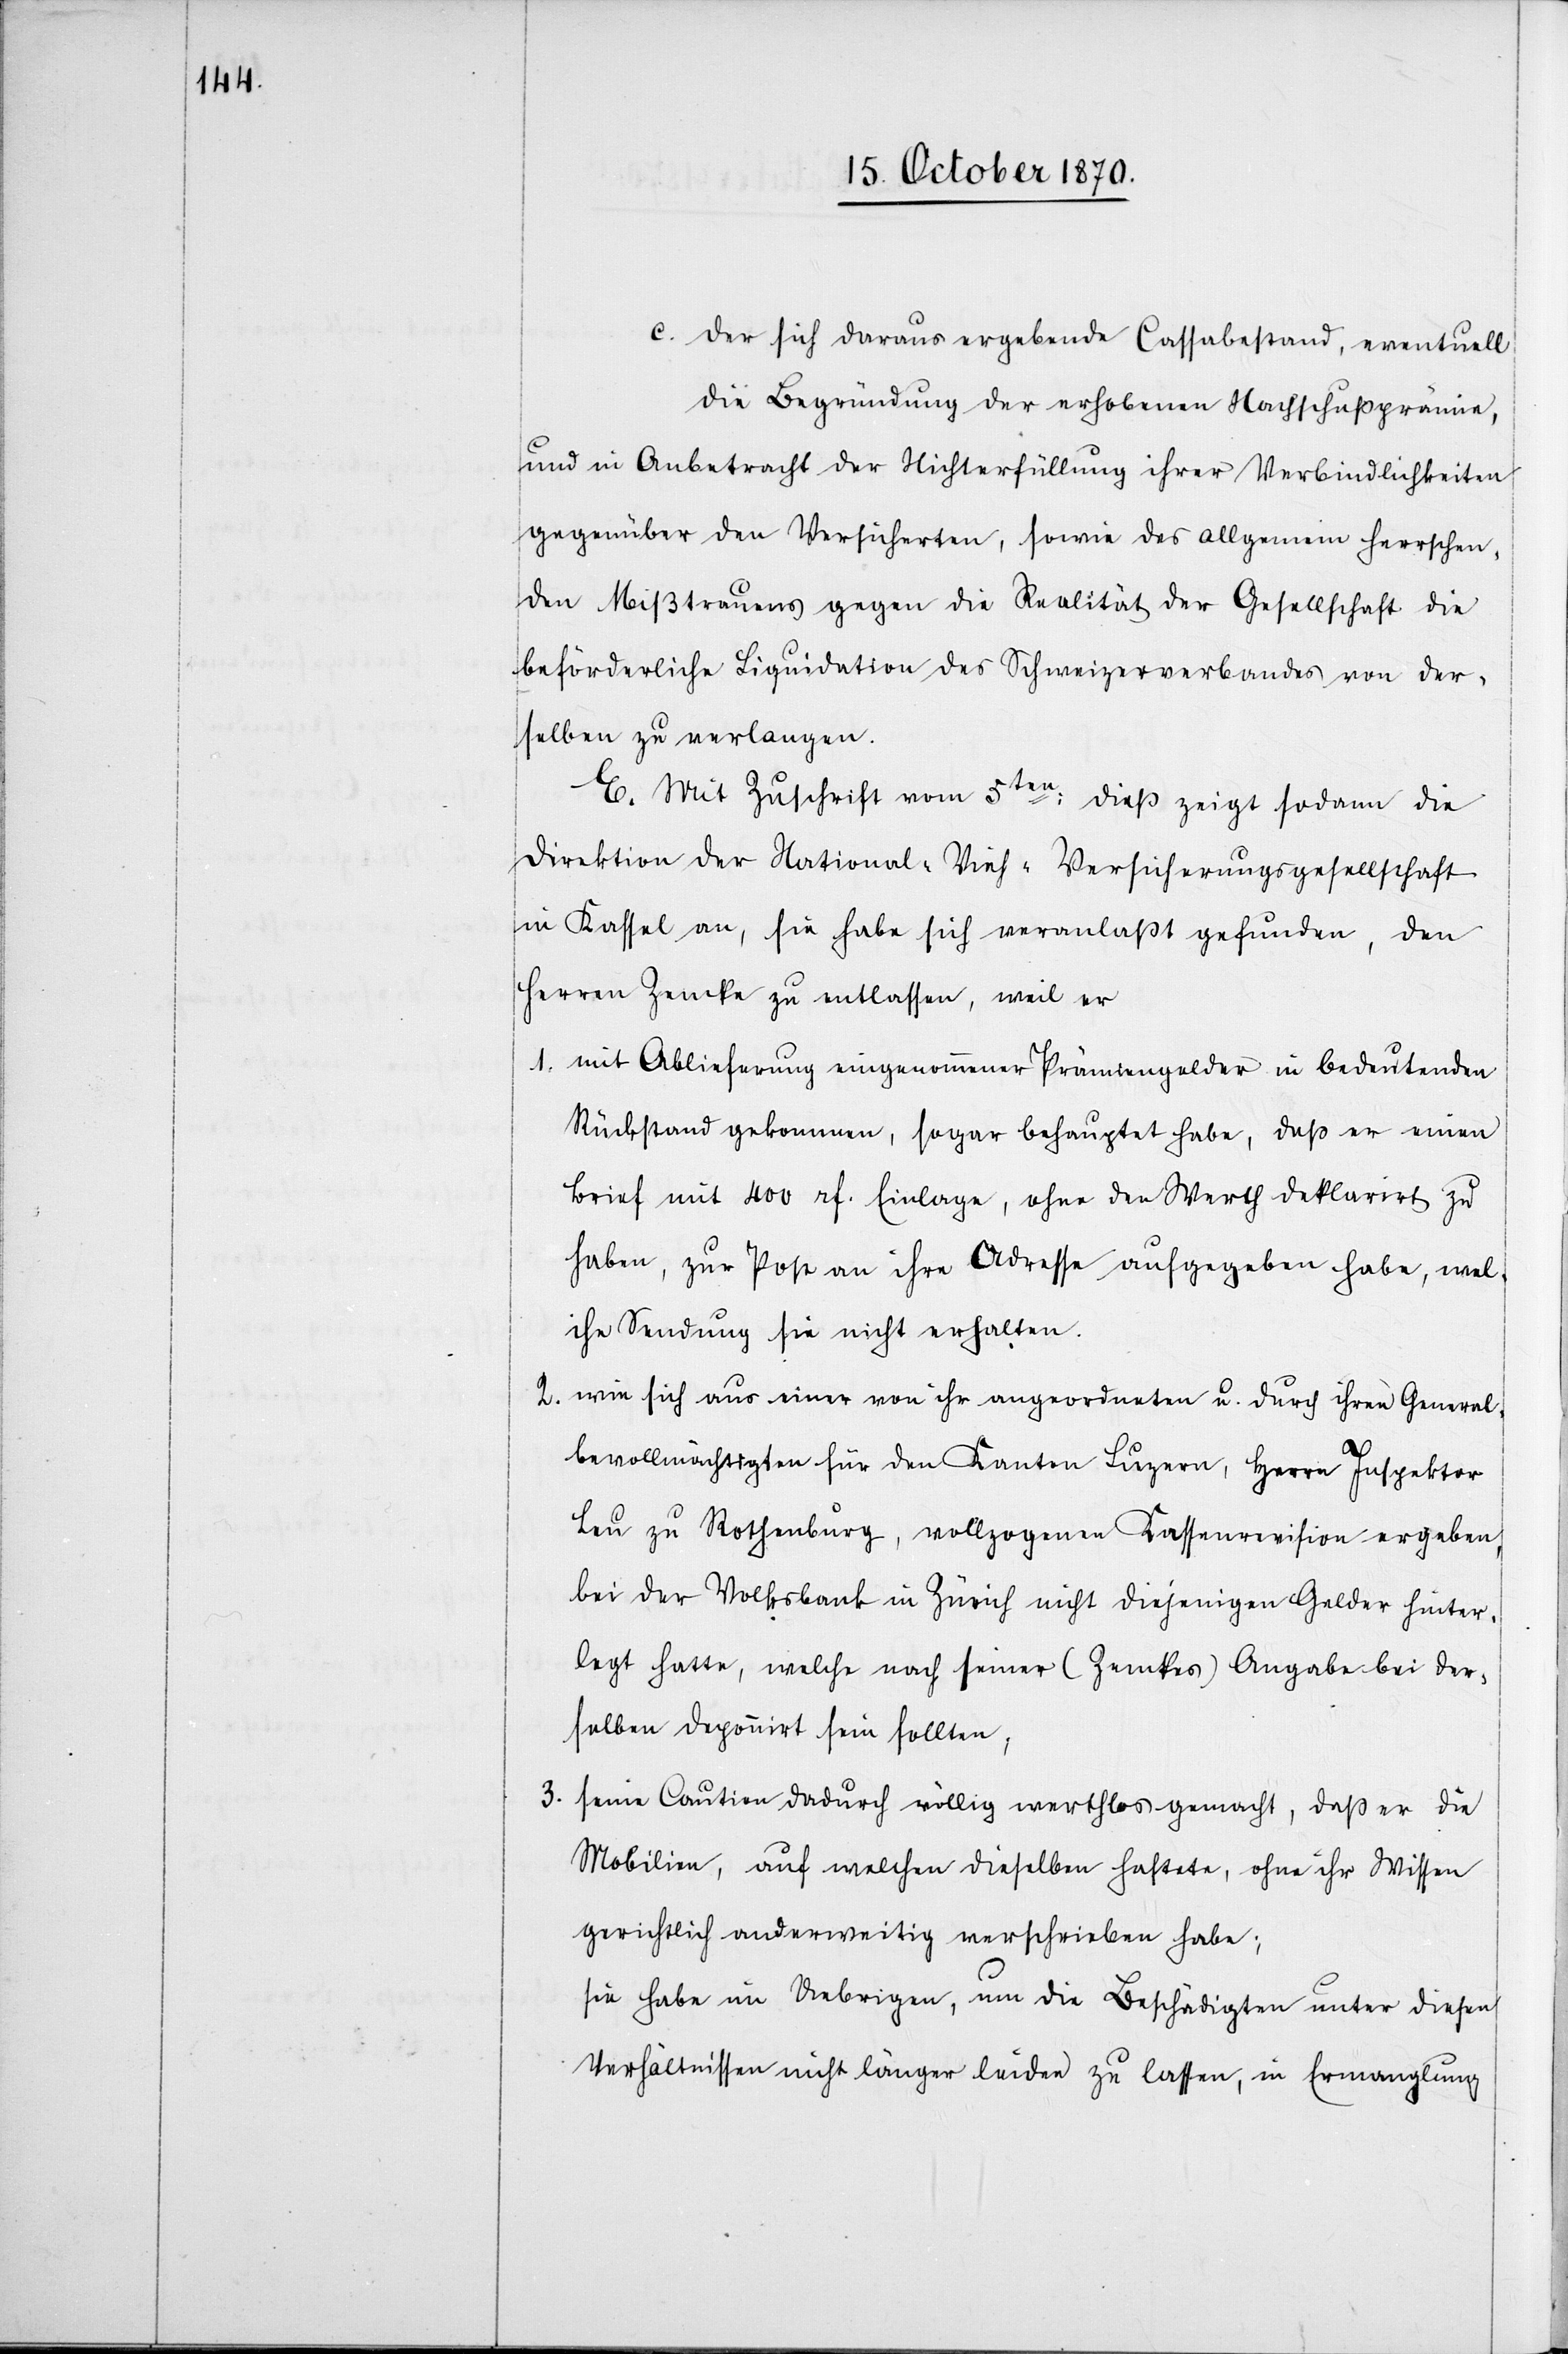
3.

c. Der sich daraus ergebende Cassabestand, eventuell
die Begründung der erhobenen Nachschußprämien,
und in Anbetracht der Nichterfüllung ihrer Verbindlichkeiten
gegenüber den Versicherten, sowie des allgemeinen herrschen¬
den Misstrauens gegen die Realität der Gesellschaft die
beförderliche Liquidation des Schweizerverbandes von der¬
selben zu verlangen.
E. Mit Zuschrift vom 5ten: dieß zeigt sodann die
Direktion der National-Vieh-Versicherungsgesellschaft
in Kassel an, sie habe sich veranlaßt gefunden, den
Herren Zemke zu entlassen, weil er
1. mit Ablieferung eingenommener Prämiengelder in bedeutenden
Rückstand gekommen, sogar behauptet habe, daß er einen
Brief mit 400 rf. Einlage, ohne den Werth deklarirt zu
haben, zur Post an ihre Adresse aufgegeben habe, wel¬
che Sendung sie nicht erhalten.
2. wie sich aus einer von ihr angeordneten u. durch ihren General¬
bevollmächtigten für den Kanton Luzern, Herrn Inspektor
Leu zu Rothenburg, vollzogenen Kassenrevision ergeben,
bei der Volksbank in Zürich nicht diejenigen Gelder hinter¬
legt hatte, welche nach seiner (Zemkes) Angabe bei der¬
selben deponirt sein sollten,
seine Caution dadurch völlig werthlos gemacht, daß er die
Mobilien, auf welcher dieselben haftete, ohne ihr Wissen
gerichtlich anderweitig verschrieben habe;
sie habe im Uebrigen, um die Beschädigten unter diesen
Verhältnissen nicht länger leiden zu lassen, in Ermangelung